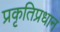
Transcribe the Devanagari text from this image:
प्रकृतिप्रधान